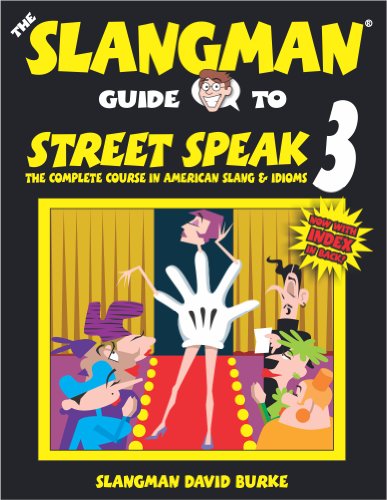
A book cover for The Slangman Guide to Street Speak 3; David Burke; Reference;